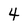
Character: 4